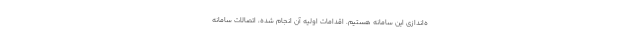
ه‌اندازی این سامانه هستیم. اقدامات اولیه آن انجام شده، اتصالات سامانه